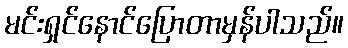
မင်းရှင်နောင်ပြောတာမှန်ပါသည်။